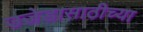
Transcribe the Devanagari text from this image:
उजेडासाठीच्या